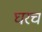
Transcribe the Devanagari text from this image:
घरचं